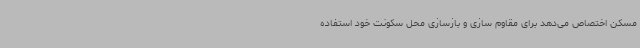
مسکن اختصاص می‌دهد برای مقاوم سازی و بازسازی محل سکونت خود استفاده